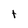
Character: t